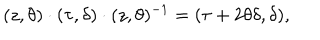
( z , \theta ) \cdot ( \tau , \delta ) \cdot ( z , \theta ) ^ { - 1 } = ( \tau + 2 \theta \delta , \delta ) ,